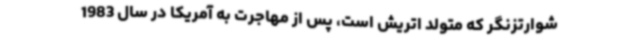
شوارتزنگر که متولد اتریش است، پس از مهاجرت به آمریکا در سال 1983